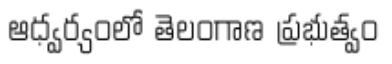
ఆధ్వర్యంలో తెలంగాణ ప్రభుత్వం